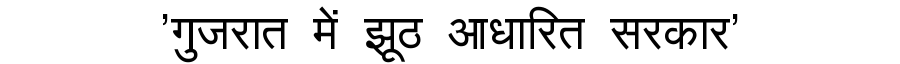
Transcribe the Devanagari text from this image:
'गुजरात में झूठ आधारित सरकार'